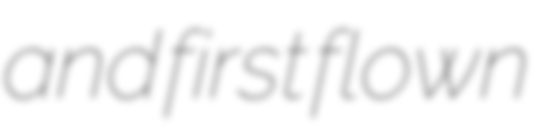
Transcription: and first flown